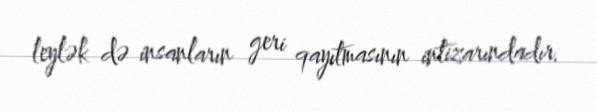
leylək də insanların geri qayıtmasının intizarındadır.